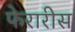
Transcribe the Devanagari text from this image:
फेरारीस